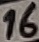
Text: 16